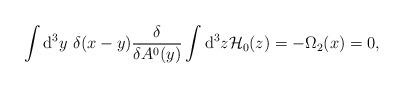
LaTeX: \begin{align*}\int {\rm d}^3y~\delta (x-y)\frac{\delta}{\delta A^0(y)} \int {\rm d}^3 z {\cal H}_{0}(z) =-\Omega_{2}(x)=0,\end{align*}